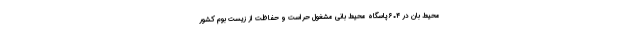
محیط بان در ۶۰۴ پاسگاه محیط بانی مشغول حراست و حفاظت از زیست بوم کشور